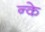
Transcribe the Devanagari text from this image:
न्के